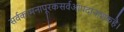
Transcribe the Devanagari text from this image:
सर्वकामनापूरकसर्वआपदानाशकहै।